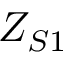
Z _ { S 1 }